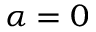
\alpha = 0